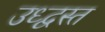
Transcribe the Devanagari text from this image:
उध्द्वस्त